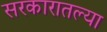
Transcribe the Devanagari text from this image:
सरकारातल्या